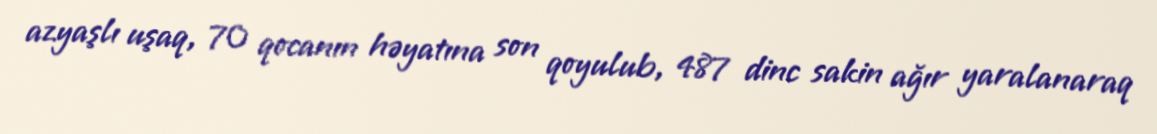
azyaşlı uşaq, 70 qocanın həyatına son qoyulub, 487 dinc sakin ağır yaralanaraq